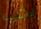
يجب